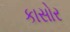
કાસોર